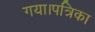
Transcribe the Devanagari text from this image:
गया।पत्रिका